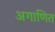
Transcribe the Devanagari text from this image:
अगाणित